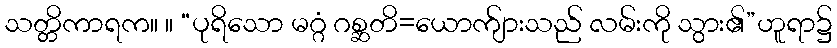
သတ္တိကာရက။ ။ “ပုရိသော မဂ္ဂံ ဂစ္ဆတိ=ယောက်ျားသည် လမ်းကို သွား၏”ဟူရာ၌